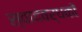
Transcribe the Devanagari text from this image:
स्वादवर्धकों